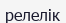
релелік